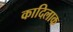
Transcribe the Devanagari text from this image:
कादिलाक